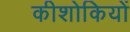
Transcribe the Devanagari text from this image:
कीशोकियों